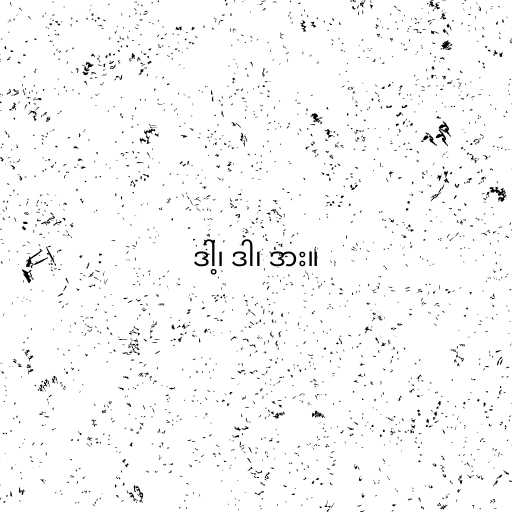
ဒါ့၊ ဒါ၊ ဒား။